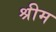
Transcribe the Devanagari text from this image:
श्रीम